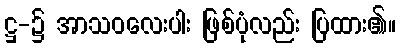
ဋ္ဌ-၌ အာသဝလေးပါး ဖြစ်ပုံလည်း ပြထား၏။